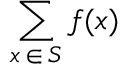
\sum _ { x \mathop { \in } S } f ( x )